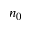
n _ { 0 }